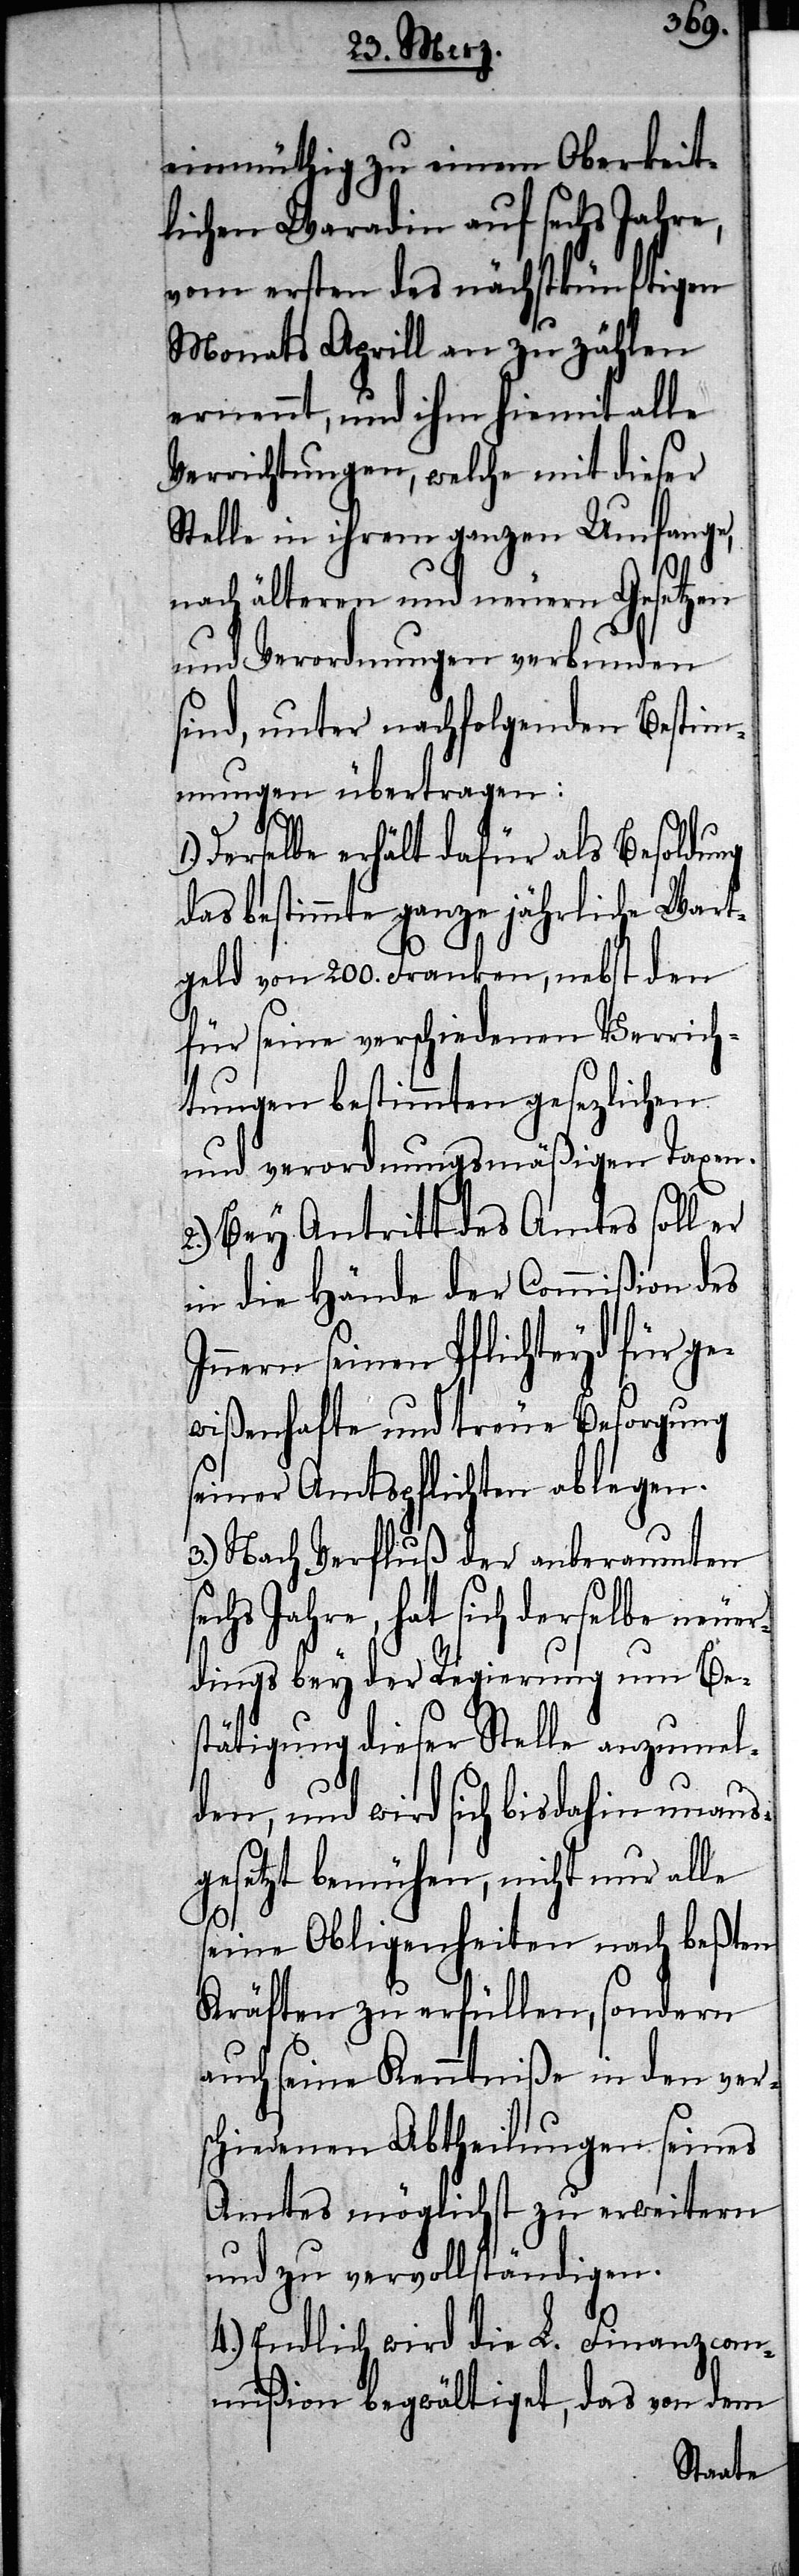
einmüthig zu einem Oberkeit¬
lichen Waradin auf sechs Jahre,
vom ersten des nächstkünftigen
Monats Aprill an zu zählen
ernennt, und ihm hiemit alle
Verrichtungen, welche mit dieser
Stelle in ihrem ganzen Umfange,
nach älteren und neuern Gesetzen
und Verordnungen verbunden
sind, unter nachfolgenden Bestim¬
mungen übertragen:
Derselbe erhält dafür als Besoldung
das bestimmte ganze jährliche Wart¬
geld von 200. Franken, nebst den
für seine verschiedenen Verrich¬
tungen bestimmten gesetzlichen
und verordnungsmäßigen Taxen.
2.) Bey Antritt des Amtes soll er
in die Hände der Commißion des
Innern seinen Pflichteyd für ge¬
wißenhafte und treue Besorgung
seiner Amtspflichten ablegen.
3.) Nach Verfluß der anberaumten
sechs Jahre, hat sich derselbe neuer¬
dings bey der Regierung um Be¬
stätigung dieser Stelle anzumel¬
den, und wird sich bisdahin unaus¬
gesetzt bemühen, nicht nur alle
seine Obliegenheiten nach beßten
Kräften zu erfüllen, sondern
auch seine Kenntniße in den ver¬
schiedenen Abtheilungen seines
Amtes möglichst zu erweitern
und zu vervollständigen.
4.) Endlich wird die L. Finanzcom¬
mißion begwältiget, das von dem